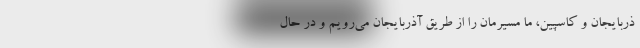
ذربایجان و کاسپین، ما مسیرمان را از طریق آذربایجان می‌رویم و در حال